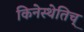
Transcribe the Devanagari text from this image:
किनेस्थेतिच्